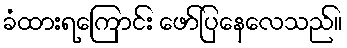
ခံထားရကြောင်း ဖော်ပြနေလေသည်။